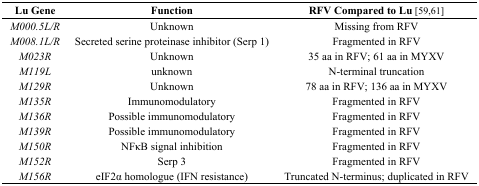
<table><thead><tr><td><b>Lu Gene</b></td><td><b>Function</b></td><td><b>RFV Compared to Lu [59,61]</b></td></tr></thead><tbody><tr><td><i>M000.5L/R</i></td><td>Unknown</td><td>Missing from RFV</td></tr><tr><td><i>M008.1L/R</i></td><td>Secreted serine proteinase inhibitor (Serp 1)</td><td>Fragmented in RFV</td></tr><tr><td><i>M023R</i></td><td>Unknown</td><td>35 aa in RFV; 61 aa in MYXV</td></tr><tr><td><i>M119L</i></td><td>unknown</td><td>N-terminal truncation</td></tr><tr><td><i>M129R</i></td><td>Unknown</td><td>78 aa in RFV; 136 aa in MYXV</td></tr><tr><td><i>M135R</i></td><td>Immunomodulatory </td><td>Fragmented in RFV</td></tr><tr><td><i>M136R</i></td><td>Possible immunomodulatory</td><td>Fragmented in RFV</td></tr><tr><td><i>M139R</i></td><td>Possible immunomodulatory</td><td>Fragmented in RFV</td></tr><tr><td><i>M150R</i></td><td>NFκB signal inhibition</td><td>Fragmented in RFV</td></tr><tr><td><i>M152R</i></td><td>Serp 3</td><td>Fragmented in RFV</td></tr><tr><td><i>M156R</i></td><td>eIF2α homologue (IFN resistance)</td><td>Truncated N-terminus; duplicated in RFV</td></tr></tbody></table>